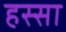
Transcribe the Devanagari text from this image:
हस्सा